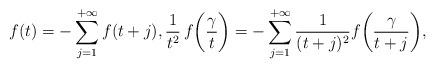
LaTeX: \begin{align*}f(t)=-\sum_{j=1}^{+\infty}f(t+j),\frac{1}{t^2}\,f\bigg(\frac{\gamma}{t}\bigg)=-\sum_{j=1}^{+\infty}\frac{1}{(t+j)^2}f\bigg(\frac{\gamma}{t+j}\bigg),\end{align*}